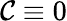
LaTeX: \mathcal{C}\equiv0